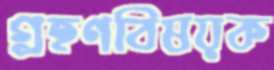
গ্রহণবিষয়ক